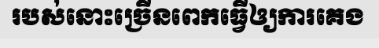
របស់នោះច្រើនពេកធ្វើឲ្យការគេង